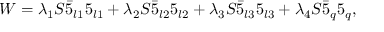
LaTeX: W = \lambda _ { 1 } S \bar { 5 } _ { l 1 } 5 _ { l 1 } + \lambda _ { 2 } S \bar { 5 } _ { l 2 } 5 _ { l 2 } + \lambda _ { 3 } S \bar { 5 } _ { l 3 } 5 _ { l 3 } + \lambda _ { 4 } S \bar { 5 } _ { q } 5 _ { q } ,